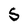
Character: 5